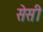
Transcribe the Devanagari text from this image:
सेसी